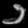
Digit: ၁